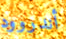
أندروود